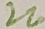
Text: 220